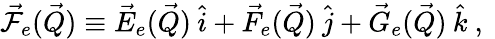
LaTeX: \vec{\mathcal{F}}_{e}(\vec{Q})\equiv\vec{E}_{e}(\vec{Q})\: \hat{i}+\vec{F}_{e}(\vec{Q})\: \hat{j}+\vec{G}_{e}(\vec{Q})\: \hat{k}\mathrm{~,~}